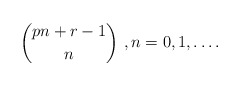
\begin{align*}\binom{pn+r-1}n\ , n=0,1,\ldots .\end{align*}